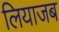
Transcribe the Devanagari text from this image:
लियाजब